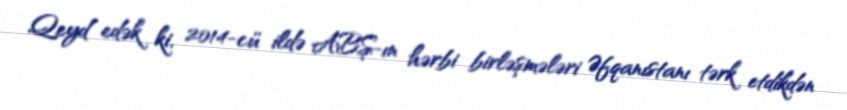
Qeyd edək ki, 2014-cü ildə ABŞ-ın hərbi birləşmələri Əfqanıstanı tərk etdikdən